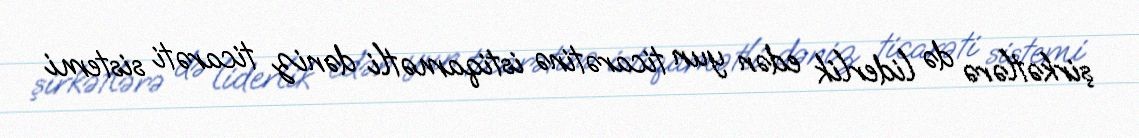
şirkətlərə də liderlik edən yun ticarətinə istiqamətli dəniz ticarəti sistemi